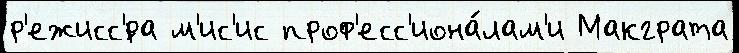
р'ежисс'́ра м'ис'ис проф'есс'иона́лам'и Макграта